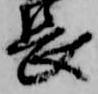
長